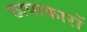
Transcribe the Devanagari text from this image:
छापाकारों